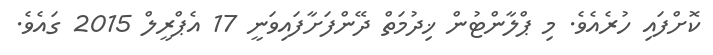
ކޮށްފައި ހުރެއެވެ. މި ޕްލާންޓުން ޚިދުމަތް ދޭންފަށާފައިވަނީ 17 އެޕްރީލް 2015 ގައެވެ.